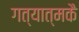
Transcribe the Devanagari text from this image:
गत्यात्मकै